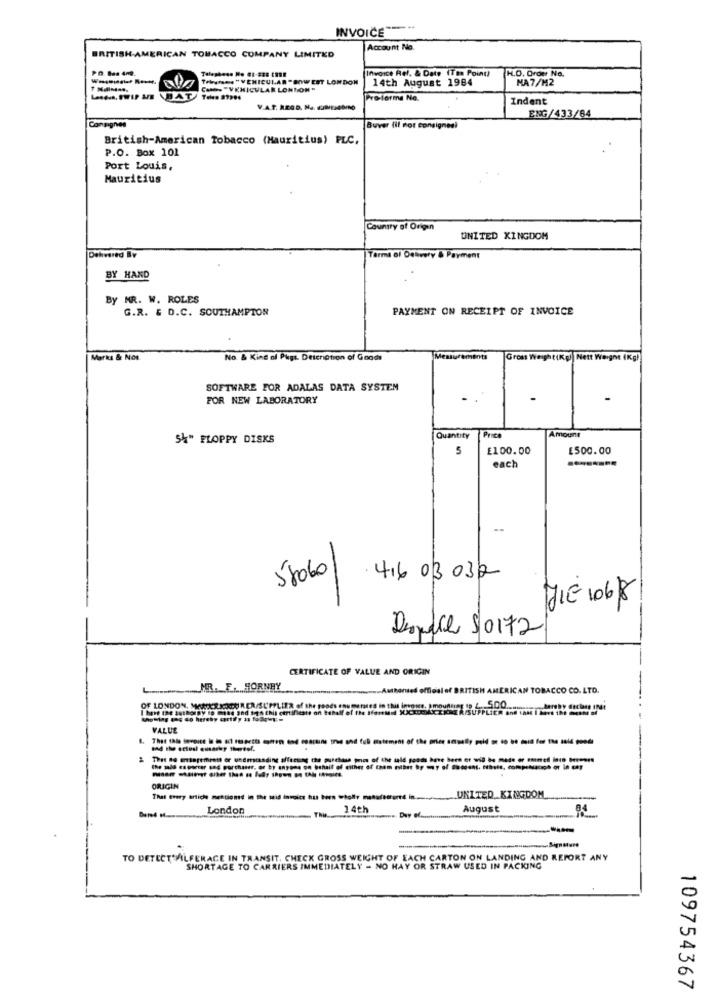
INVOICE ****
Account No.
BRITISH AMERICAN TOBACCO COMPANY LIMITED
Invoice Rel. & Date (Tm Point
H.O. Order No.
Tebyte. . "VEHICULAR " BOW EST LONDON
14th August 1984
MA7/M2
CAN "VEHICULAR LONDON"
Proferme No.
Indent
V.A.T. REGD. Na. HUBIEGONO
Consignes
ENG/433/64
Buver (il not consignee)
British-American Tobacco (Mauritius) PLC,
P.O. Box 101
Port Louis,
Mauritius
Country of Origin
UNITED KINGDOM
Terms of Delivery & Payment
BY HAND
By MR. W. ROLES
G.R. & D.C. SOUTHAMPTON
PAYMENT ON RECEIPT OF INVOICE
Marks & NOI.
No. & King of Pigt. Detcri@tion of Goods
Measurements
Gross Weight(Kg)| Nett Weight (Kg)
SOFTWARE FOR ADALAS DATA SYSTEM
FOR NEW LABORATORY
54" FLOPPY DISKS
Quantity
Price
Amount
5
£100.00
£500.00
each
58060/
416 03032
DIE 106/8
Deandre 50172
CERTIFICATE OF VALUE AND ORIGIN
MR. F. HORNBY
uthorused official of BRITISH AMERICAN TOBACCO CO. LTD.
5.00
I have the authorBy to make and 5-28 Chil certificate on behalf of the If
OF LONDON, MARK'S JESENI RER/SUPPLIER of the goods"
LIER and that i boes th
VALUE
ORIGIN
UNITED KINGDOM
London
This
14th
August
TO DETECT VILFERACE IN TRANSIT. CHECK GROSS WEIGHT OF EACH CARTON ON LANDING AND REPORT ANY
SHORTAGE TO CARRIERS IMMEDIATELY - NO HAY OR STRAW USED IN PACKING
109754367